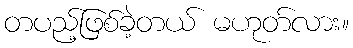
တပည့်ဖြစ်ခဲ့တယ် မဟုတ်လား။